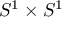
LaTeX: S ^ { 1 } \times S ^ { 1 }